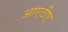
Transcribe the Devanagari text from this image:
आएटीए